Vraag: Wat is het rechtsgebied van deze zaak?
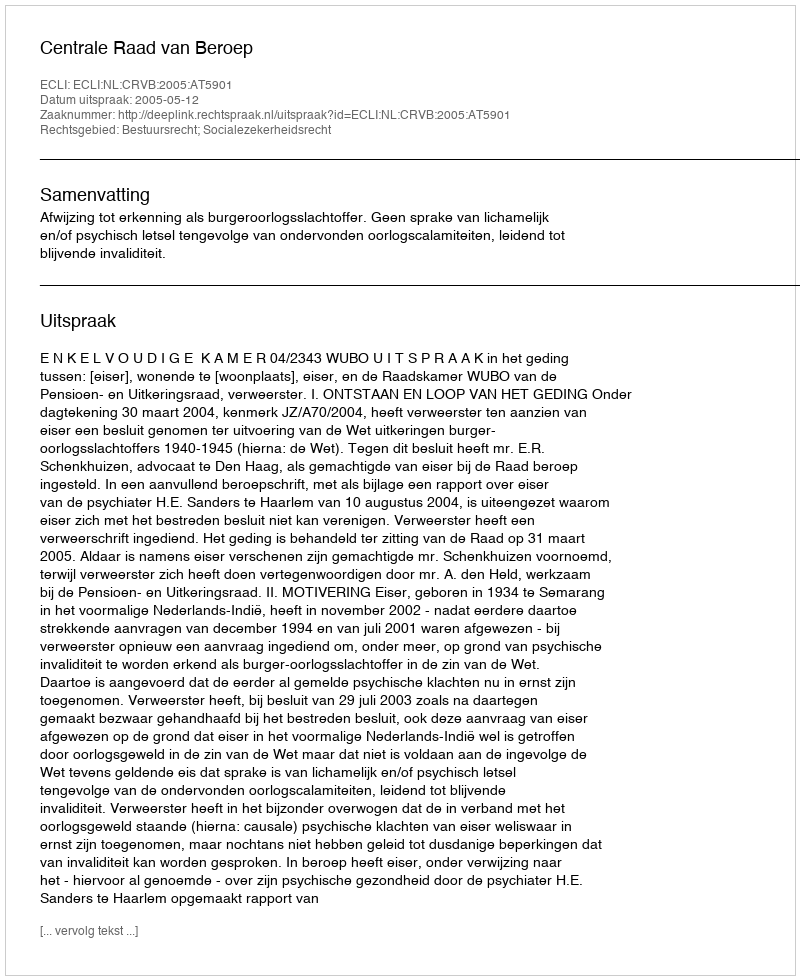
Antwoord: Bestuursrecht; Socialezekerheidsrecht